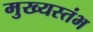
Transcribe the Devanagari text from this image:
मुख्यस्तंभ